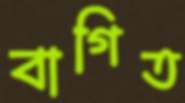
বাগিত